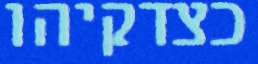
כצדקיהו